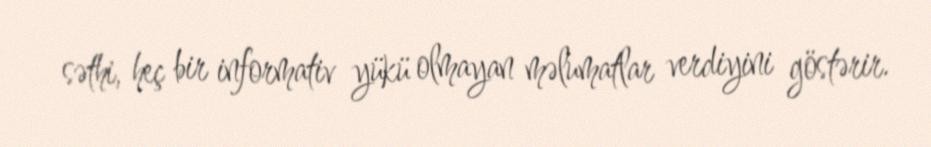
səthi, heç bir informativ yükü olmayan məlumatlar verdiyini göstərir.